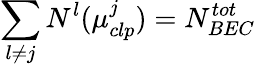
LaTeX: \sum_{l\neq j}N^{l}(\mu_{clp}^{j})=N_{BEC}^{tot}